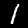
Digit: 1